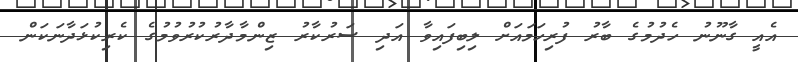
އެއީ ގާނޫނު ހެދުމުގެ ބާރު ފުރިހަމައަށް ލިބިފައިވާ އަދި ސަރުކާރު ޒިންމާދާރުކުރުވުމުގެ ކެރިކުޅަދާނަކަން